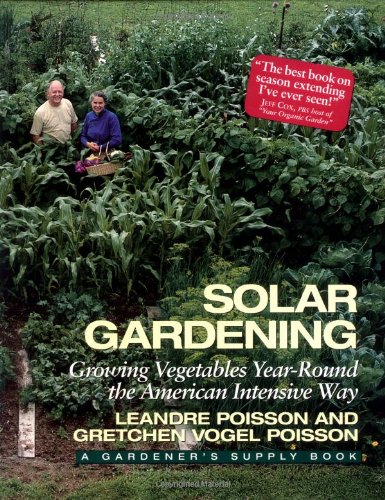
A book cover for Solar Gardening: Growing Vegetables Year-Round the American Intensive Way (Real Goods Independent Living Book); Leandre Poisson; Crafts, Hobbies & Home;